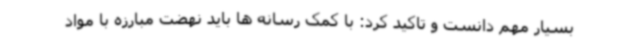
بسیار مهم دانست و تاکید کرد: با کمک رسانه ها باید نهضت مبارزه با مواد